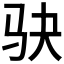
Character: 𫘝